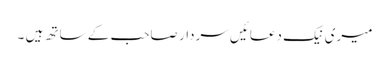
میری نیک دعائیں سردار صاحب کے ساتھ ہیں ۔